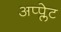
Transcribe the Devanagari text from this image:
अप्प्लेट